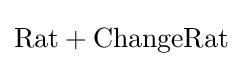
{\mbox{Rat}}+{\mbox{ChangeRat}}